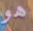
هو